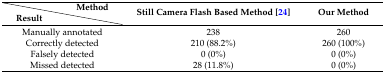
|  | Method | <ROWSPAN=2> Still Camera Flash Based Method [24] | <ROWSPAN=2> Our Method |
 | Result |  |
 | --- | --- | --- | --- |
 | <COLSPAN=2> Manually annotated | 238 | 260 |
 | <COLSPAN=2> Correctly detected | 210 (88.2%) | 260 (100%) |
 | <COLSPAN=2> Falsely detected | 0 (0%) | 0 (0%) |
 | <COLSPAN=2> Missed detected | 28 (11.8%) | 0 (0%) |